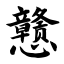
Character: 戆